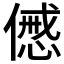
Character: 𠎰